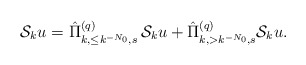
\begin{align*} \mathcal{S}_{k}u=\hat\Pi^{(q)}_{k,\leq k^{-N_0},s}\,\mathcal{S}_{k}u+\hat\Pi^{(q)}_{k,>k^{-N_0},s}\mathcal{S}_{k}u.\end{align*}